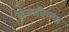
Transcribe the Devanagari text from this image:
कळविल्या